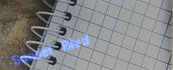
Sunset Blvd